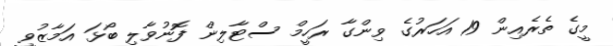
މީގެ ތެރެއިން 19 އަހަރުގެ ވިންގާ ރަހީމް ސްޓާލިން ފޮނުވާލި ބޯޅަ އަމާޒުވީ